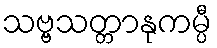
သဗ္ဗသတ္တာနုကမ္ပီ